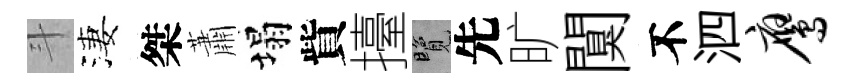
斗淒桀蕭塌貲擡覽先旷闃不泗鹰